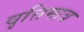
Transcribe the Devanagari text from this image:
वृत्तिमात्र